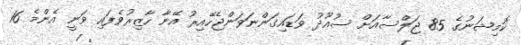
ކޮމިޝަނުގެ 85 ޖަލްސާއަށް ސުއޫދު ވަޑައިގަންނަވަންޖެހޭއިރު އޭނާ ހާޒިރުވެފައި ވަނީ އެންމެ 16